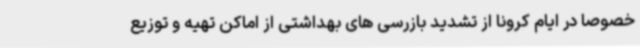
خصوصا در ایام کرونا از تشدید بازرسی های بهداشتی از اماکن تهیه و توزیع